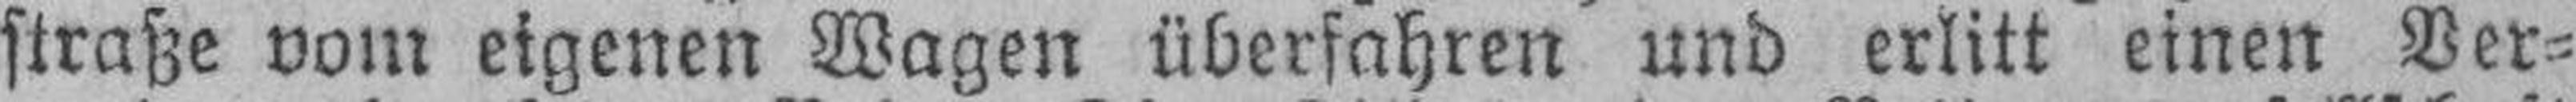
straße vom eigenen Wagen überfahren und erlitt einen Ver¬